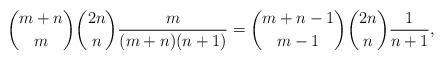
LaTeX: \begin{align*}{m+n\choose m}{2n\choose n}\frac{m}{(m+n)(n+1)}={m+n-1\choose m-1}{2n\choose n}\frac{1}{n+1},\end{align*}